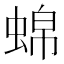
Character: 𬠒